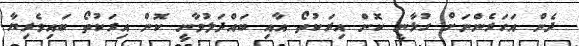
ދެން އަހަރެންނަށް ގުޅާނީ ކޮން އިރަކުތޯ އާއި ބައްދަލުވާނީ ކޮން އިރަކުތޯ ބައިވެރިޔާ